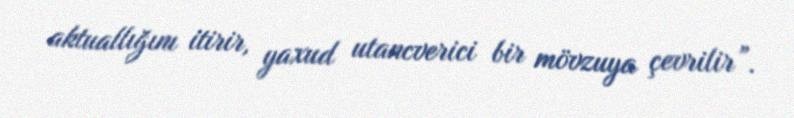
aktuallığını itirir, yaxud utancverici bir mövzuya çevrilir”.